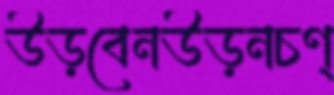
উড়বেনউড়নচণ্